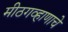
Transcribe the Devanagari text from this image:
मीठगव्हाणाचे